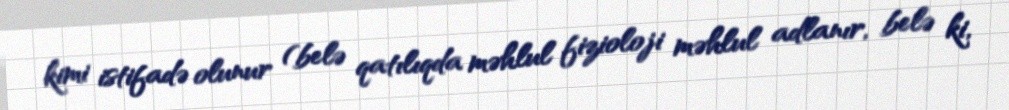
kimi istifadə olunur (belə qatılıqda məhlul fizioloji məhlul adlanır, belə ki,